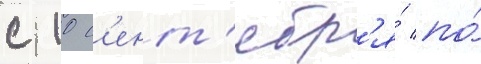
с 10 с'ент'ябр'я́ по́